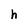
Character: h